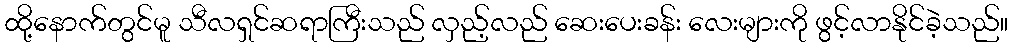
ထို့နောက်တွင်မူ သီလရှင်ဆရာကြီးသည် လှည့်လည် ဆေးပေးခန်း လေးများကို ဖွင့်လာနိုင်ခဲ့သည်။